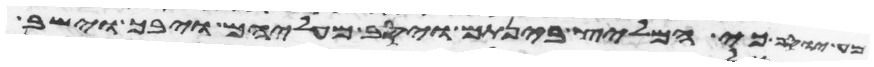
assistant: כי המליץ בינתם ויסב מעליהם ויבך וישב